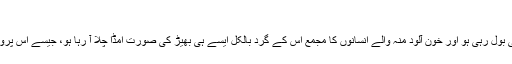
”
فرض کرو اپنے مخصوص انداز میں عابدہ پروین ہاتھ باندھے، عجز و انکسار کی تصویر بنی بول رہی ہو اور خون آلود منہ والے انسانوں کا مجمع اس کے گرد بالکل ایسے ہی بھیڑ کی صورت اُمڈا چلا آ رہا ہو، جیسے اِس پروگرام میں اُسے سننے کے لیے موہٹہ پیلس کے اندر اور باہر لوگوں کا ہجوم بڑھتا جا رہا ہے۔